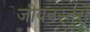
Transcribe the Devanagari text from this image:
जीवनस्तरों